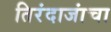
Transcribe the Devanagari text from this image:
तिरंदाजांचा